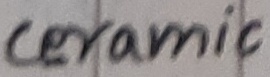
Text: ceramic